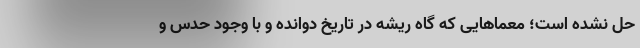
حل نشده است؛ معماهایی که گاه ریشه در تاریخ دوانده‌ و با وجود حدس و